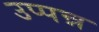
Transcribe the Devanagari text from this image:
उप्पन्न